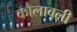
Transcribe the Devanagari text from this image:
कौलावली